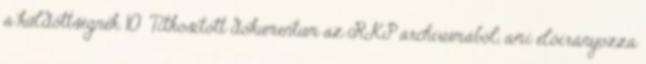
a küldöttségnek. 10 Titkosított dokumentum az RKP archívumából, ami előírányozza